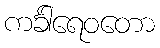
ကင်္ခါရေဝတော